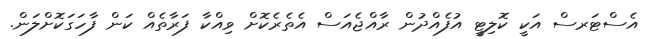
އެސްޓަރސް އަކީ ކޮލިޓީ އުފެއްދުން ރާއްޖެއަސް އެތެރެކޮށް ވިއްކާ ފަރާތެއް ކަން ފާހަގަކޮށްލަން.